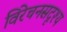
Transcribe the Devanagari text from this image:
विरेचनसदृश्य